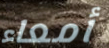
أمعاء